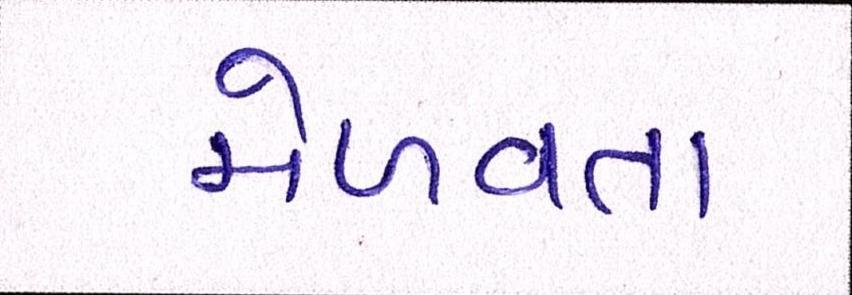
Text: મેળવતા